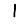
Digit: 1